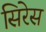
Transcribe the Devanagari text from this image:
सिरेस